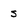
Character: s